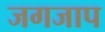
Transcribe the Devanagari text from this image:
जगजाप